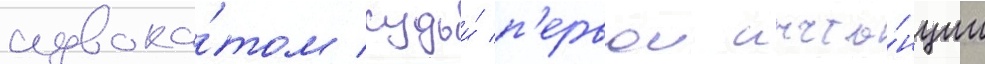
адвока́том судьи́ п'ервои инста́нции